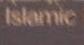
islamic